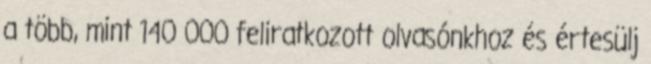
a több, mint 140 000 feliratkozott olvasónkhoz és értesülj